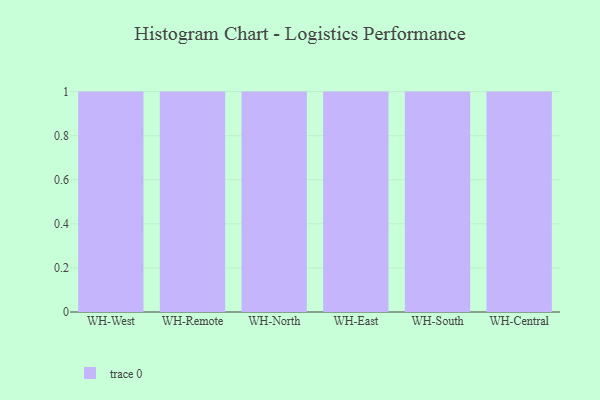
{"axis": {"x": "Warehouse", "y": "Active Users"}, "legend": [""], "data": [{"x": "WH-West", "y": 72, "type": ""}, {"x": "WH-Remote", "y": 7, "type": ""}, {"x": "WH-North", "y": 69, "type": ""}, {"x": "WH-East", "y": 65, "type": ""}, {"x": "WH-South", "y": 60, "type": ""}, {"x": "WH-Central", "y": 47, "type": ""}]}